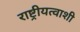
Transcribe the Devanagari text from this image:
राष्ट्रीयत्वाशी